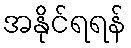
အနိုင်ရရန်